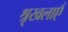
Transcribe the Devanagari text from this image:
श्रृखलाएँ